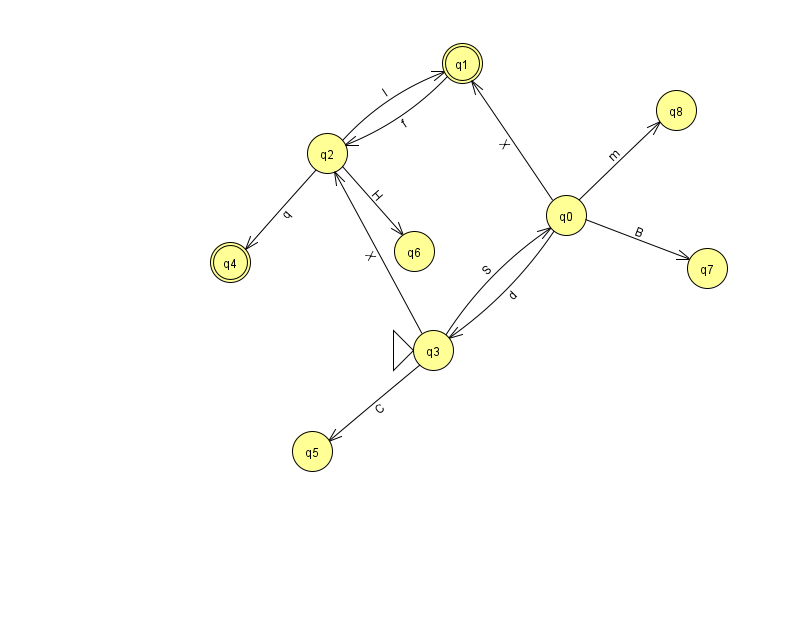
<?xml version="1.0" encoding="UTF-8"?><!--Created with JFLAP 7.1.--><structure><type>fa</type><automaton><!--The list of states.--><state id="0" name="q0"><x>566.0</x><y>202.0</y></state><state id="1" name="q1"><x>462.0</x><y>50.0</y><final/></state><state id="2" name="q2"><x>327.0</x><y>140.0</y></state><state id="3" name="q3"><x>433.0</x><y>337.0</y><initial/></state><state id="4" name="q4"><x>230.0</x><y>249.0</y><final/></state><state id="5" name="q5"><x>312.0</x><y>438.0</y></state><state id="6" name="q6"><x>414.0</x><y>238.0</y></state><state id="7" name="q7"><x>707.0</x><y>255.0</y></state><state id="8" name="q8"><x>676.0</x><y>97.0</y></state><!--The list of transitions.--><transition><from>0</from><to>8</to><read>m</read></transition><transition><from>3</from><to>5</to><read>C</read></transition><transition><from>1</from><to>2</to><read>f</read></transition><transition><from>3</from><to>2</to><read>X</read></transition><transition><from>3</from><to>0</to><read>S</read></transition><transition><from>2</from><to>6</to><read>H</read></transition><transition><from>0</from><to>7</to><read>B</read></transition><transition><from>2</from><to>4</to><read>q</read></transition><transition><from>0</from><to>1</to><read>X</read></transition><transition><from>0</from><to>3</to><read>d</read></transition><transition><from>2</from><to>1</to><read>l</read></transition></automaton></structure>